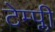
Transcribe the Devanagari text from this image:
टेम्प्ली